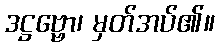
ဒဋ္ဌဗ္ဗော၊ မှတ်အပ်၏။